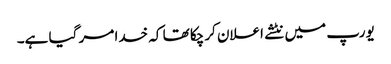
یورپ میں نٹشے اعلان کرچکا تھا کہ خدا مر گیا ہے۔